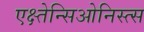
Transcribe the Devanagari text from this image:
एक्ष्तेन्सिओनिस्त्स